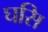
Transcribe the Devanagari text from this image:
घसि